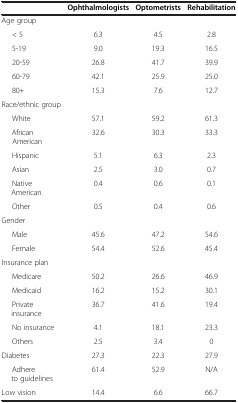
<table><thead><tr><td><b> </b></td><td><b>Ophthalmologists</b></td><td><b>Optometrists</b></td><td><b>Rehabilitation</b></td></tr></thead><tbody><tr><td>Age group</td><td> </td><td> </td><td> </td></tr><tr><td>&lt; 5</td><td>6.3</td><td>4.5</td><td>2.8</td></tr><tr><td>5-19</td><td>9.0</td><td>19.3</td><td>16.5</td></tr><tr><td>20-59</td><td>26.8</td><td>41.7</td><td>39.9</td></tr><tr><td>60-79</td><td>42.1</td><td>25.9</td><td>25.0</td></tr><tr><td>80+</td><td>15.3</td><td>7.6</td><td>12.7</td></tr><tr><td>Race/ethnic group</td><td> </td><td> </td><td> </td></tr><tr><td>White</td><td>57.1</td><td>59.2</td><td>61.3</td></tr><tr><td>African American</td><td>32.6</td><td>30.3</td><td>33.3</td></tr><tr><td>Hispanic</td><td>5.1</td><td>6.3</td><td>2.3</td></tr><tr><td>Asian</td><td>2.5</td><td>3.0</td><td>0.7</td></tr><tr><td>Native American</td><td>0.4</td><td>0.6</td><td>0.1</td></tr><tr><td>Other</td><td>0.5</td><td>0.4</td><td>0.6</td></tr><tr><td>Gender</td><td> </td><td> </td><td> </td></tr><tr><td>Male</td><td>45.6</td><td>47.2</td><td>54.6</td></tr><tr><td>Female</td><td>54.4</td><td>52.6</td><td>45.4</td></tr><tr><td>Insurance plan</td><td> </td><td> </td><td> </td></tr><tr><td>Medicare</td><td>50.2</td><td>26.6</td><td>46.9</td></tr><tr><td>Medicaid</td><td>16.2</td><td>15.2</td><td>30.1</td></tr><tr><td>Private insurance</td><td>36.7</td><td>41.6</td><td>19.4</td></tr><tr><td>No insurance</td><td>4.1</td><td>18.1</td><td>23.3</td></tr><tr><td>Others</td><td>2.5</td><td>3.4</td><td>0</td></tr><tr><td>Diabetes</td><td>27.3</td><td>22.3</td><td>27.9</td></tr><tr><td>Adhere to guidelines</td><td>61.4</td><td>52.9</td><td>N/A</td></tr><tr><td>Low vision</td><td>14.4</td><td>6.6</td><td>66.7</td></tr></tbody></table>